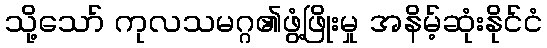
သို့သော် ကုလသမဂ္ဂ၏ဖွံ့ဖြိုးမှု အနိမ့်ဆုံးနိုင်ငံ